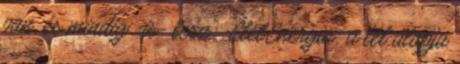
van, és mindig -is- lesz". ÉletEnergia: a lét alapja